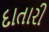
દાતારી